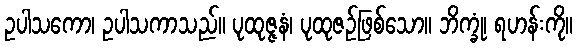
ဥပါသကော၊ ဥပါသကာသည်။ ပုထုဇ္ဇနံ၊ ပုထုဇဉ်ဖြစ်သော။ ဘိက္ခုံ၊ ရဟန်းကို။